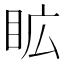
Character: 𭾦